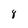
Character: 8